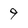
Character: 9